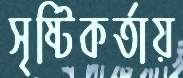
সৃষ্টিকর্তায়